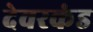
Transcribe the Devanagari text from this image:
देवरकंंड